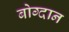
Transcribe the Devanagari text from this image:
बोग्दान